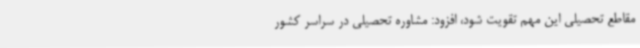
مقاطع تحصیلی این مهم تقویت شود، افزود: مشاوره تحصیلی در سراسر کشور